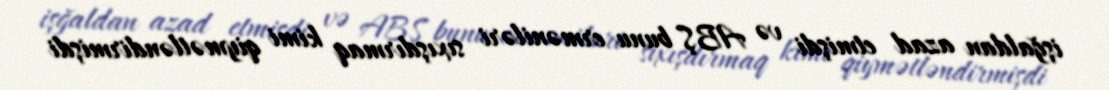
işğaldan azad etmişdi və ABŞ bunu erməniləri sıxışdırmaq kimi qiymətləndirmişdi